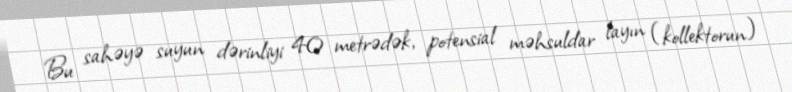
Bu sahəyə suyun dərinliyi 40 metrədək, potensial məhsuldar layın (kollektorun)